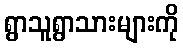
ရွာသူရွာသားများကို